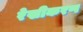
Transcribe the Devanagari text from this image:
रेखीकरण